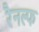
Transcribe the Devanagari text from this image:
रैनल्फ